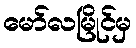
မော်လမြိုင်မှ